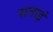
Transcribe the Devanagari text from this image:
सताइं